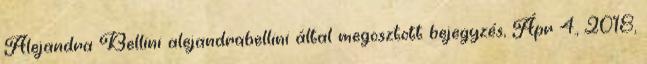
Alejandra Bellini alejandrabellini által megosztott bejegyzés, Ápr 4., 2018,